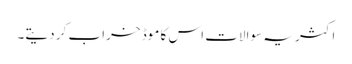
اکثر یہ سوالات اس کا موڈ خراب کر دیتے۔